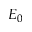
E _ { 0 }